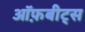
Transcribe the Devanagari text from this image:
ऑफ़बीट्स